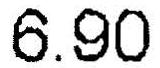
6.90